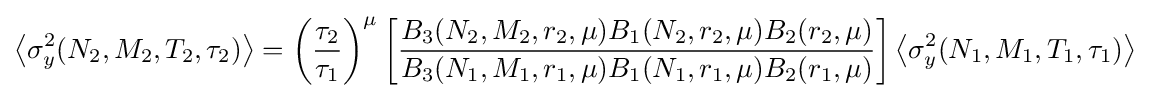
\left\langle \sigma _{y}^{2}(N_{2},M_{2},T_{2},\tau _{2})\right\rangle =\left({\frac {\tau _{2}}{\tau _{1}}}\right)^{\mu }\left[{\frac {B_{3}(N_{2},M_{2},r_{2},\mu )B_{1}(N_{2},r_{2},\mu )B_{2}(r_{2},\mu )}{B_{3}(N_{1},M_{1},r_{1},\mu )B_{1}(N_{1},r_{1},\mu )B_{2}(r_{1},\mu )}}\right]\left\langle \sigma _{y}^{2}(N_{1},M_{1},T_{1},\tau _{1})\right\rangle